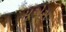
યૂએસ